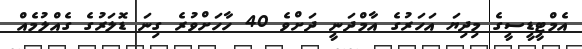
އެމްޓީޑީސީގެ މިދިޔަ އަހަރުގެ އާމްދަނީ ދަށްވެ 40 ހާހަށްވުރެ ގިނަ ޑޮލަރުގެ ގެއްލުމެއް